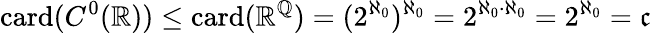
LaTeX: \mathrm{card}(C^{0}(\mathbb{R}))\leq\mathrm{card}(\mathbb{R}^{\mathbb{Q}})=(2^{\aleph_{0}})^{\aleph_{0}}=2^{\aleph_{0}\cdot\aleph_{0}}=2^{\aleph_{0}}={\mathfrak{c}}